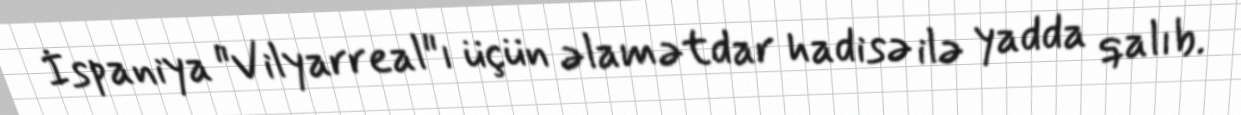
İspaniya "Vilyarreal"ı üçün əlamətdar hadisə ilə yadda qalıb.